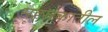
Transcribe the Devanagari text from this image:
सहस्रकातील